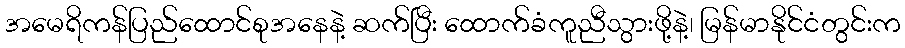
အမေရိကန်ပြည်ထောင်စုအနေနဲ့ ဆက်ပြီး ထောက်ခံကူညီသွားဖို့နဲ့၊ မြန်မာနိုင်ငံတွင်းက